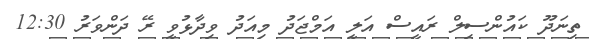
ތިނަދޫ ކައުންސިލް ރައީސް އަލީ އަމްޖަދު މިއަދު ވިދާޅުވީ ރޭ ދަންވަރު 12:30